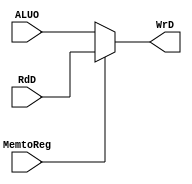
//John Vennard and Nick Ambur
//Write Back Stage
module writeBack(RdD,WrD,ALUO,MemtoReg);
input [15:0] RdD,ALUO;
input MemtoReg;

output [15:0] WrD;

assign WrD = MemtoReg ? RdD : ALUO;

endmodule